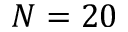
N = 2 0